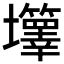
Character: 𡔄